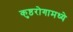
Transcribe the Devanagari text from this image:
कुष्ठरोगामध्ये